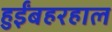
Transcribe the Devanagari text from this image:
हुईंबहरहाल